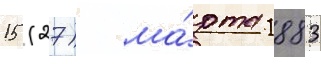
15 (27) ма́рта 1883